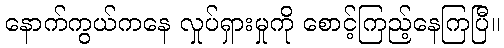
နောက်ကွယ်ကနေ လှုပ်ရှားမှုကို စောင့်ကြည့်နေကြပြီ။